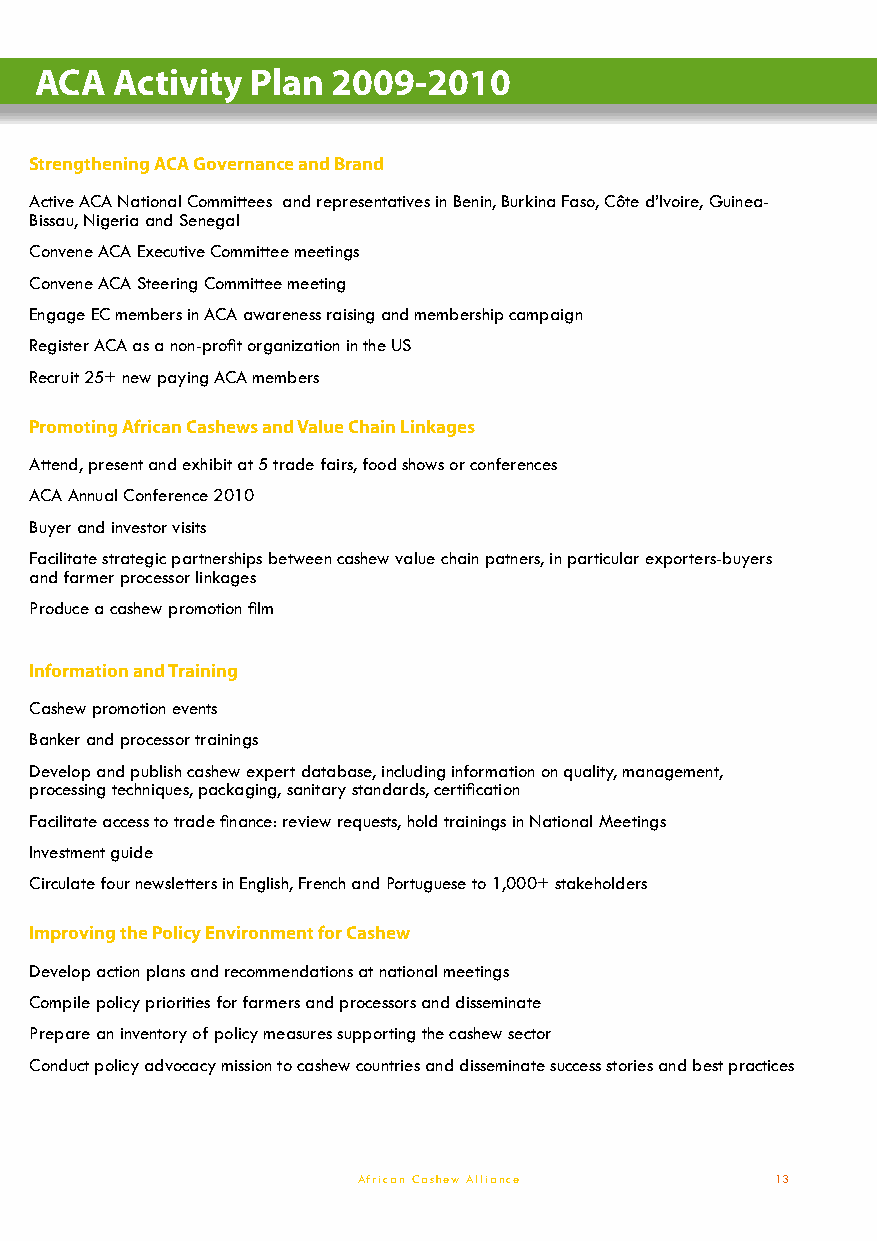
ACA   Activity Plan 2009-2010
 Strengthening ACA Governance and Brand
 Active ACA National Committees and representatives in Benin, Burkina Faso, Côte d’Ivoire, Guinea-
 Bissau, Nigeria and Senegal
 Convene ACA Executive Committee meetings
 Convene ACA Steering Committee meeting
 Engage EC members in ACA awareness raising and membership campaign
 Register ACA as a non-profit organization in the US
 Recruit 25+ new paying ACA members
 Promoting African Cashews and Value Chain Linkages
 Attend, present and exhibit at 5 trade fairs, food shows or conferences
 ACA Annual Conference 2010
 Buyer and investor visits
 Facilitate strategic partnerships between cashew value chain patners, in particular exporters-buyers
 and farmer processor linkages
 Produce a cashew promotion film
 Information and Training
 Cashew promotion events
 Banker and processor trainings
 Develop and publish cashew expert database, including information on quality, management,
 processing techniques, packaging, sanitary standards, certification
 Facilitate access to trade finance: review requests, hold trainings in National Meetings
 Investment guide
 Circulate four newsletters in English, French and Portuguese to 1,000+ stakeholders
 Improving the Policy Environment for Cashew
 Develop action plans and recommendations at national meetings
 Compile policy priorities for farmers and processors and disseminate
 Prepare an inventory of policy measures supporting the cashew sector
 Conduct policy advocacy mission to cashew countries and disseminate success stories and best practices
 African Cashew Alliance    13